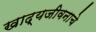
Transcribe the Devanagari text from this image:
खाद्यजीवनाचे